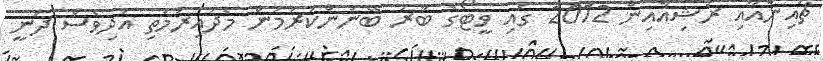
ޗައިނާއާއި ރަޝިއާއިން 2012 ގައި ވީޓޯގެ ބާރު ބޭނުންކުރުމުން މެދުއިރުމަތި އަދިވެސް ދަނީ